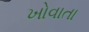
ખોવાતા